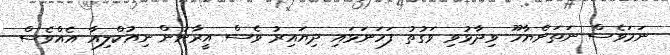
ނަމަވެސް ނަތަންޔާހޫ ވިދާޅުވި ވަގުތު ފަހަނަޅައި ދިޔައިރު ވެސް އީރާނުން ނިއުކްލިއާ އެއްވެސް